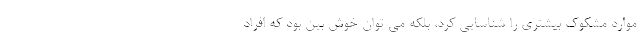
موارد مشکوک بیشتری را شناسایی کرد، بلکه می توان خوش بین بود که افراد